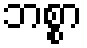
ဘစ္စာ